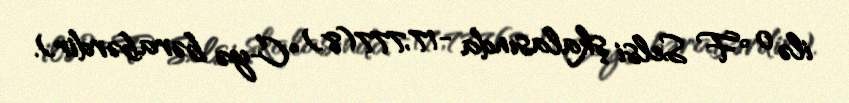
ilə 0 °F Selsi şkalasında -17,777(8) °C-yə bərabərdir).